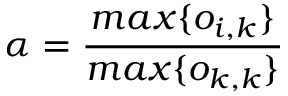
\alpha = \frac { m a x \{ o _ { i , k } \} } { m a x \{ o _ { k , k } \} }